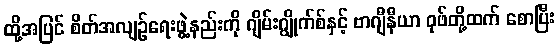
ထို့အပြင် စိတ်အလျဉ်ရေးဖွဲ့နည်းကို ဂျိမ်းဂျွိုက်စ်နှင့် ဗာဂျီနီယာ ဝုဖ်တို့ထက် စောပြီး